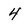
Character: 4